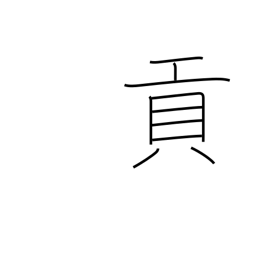
Meaning: tribute